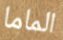
الماما